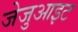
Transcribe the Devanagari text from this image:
जेजुआइट